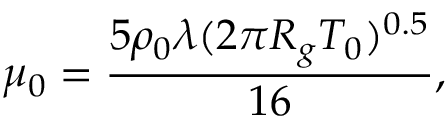
\mu _ { 0 } = \frac { 5 \rho _ { 0 } \lambda ( 2 \pi R _ { g } T _ { 0 } ) ^ { 0 . 5 } } { 1 6 } ,